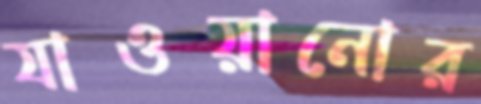
যাওয়ানোর